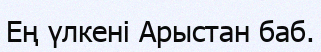
Ең үлкені Арыстан баб.